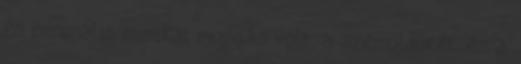
és minimális mimikai mozgás volt, a szemöldökét és a